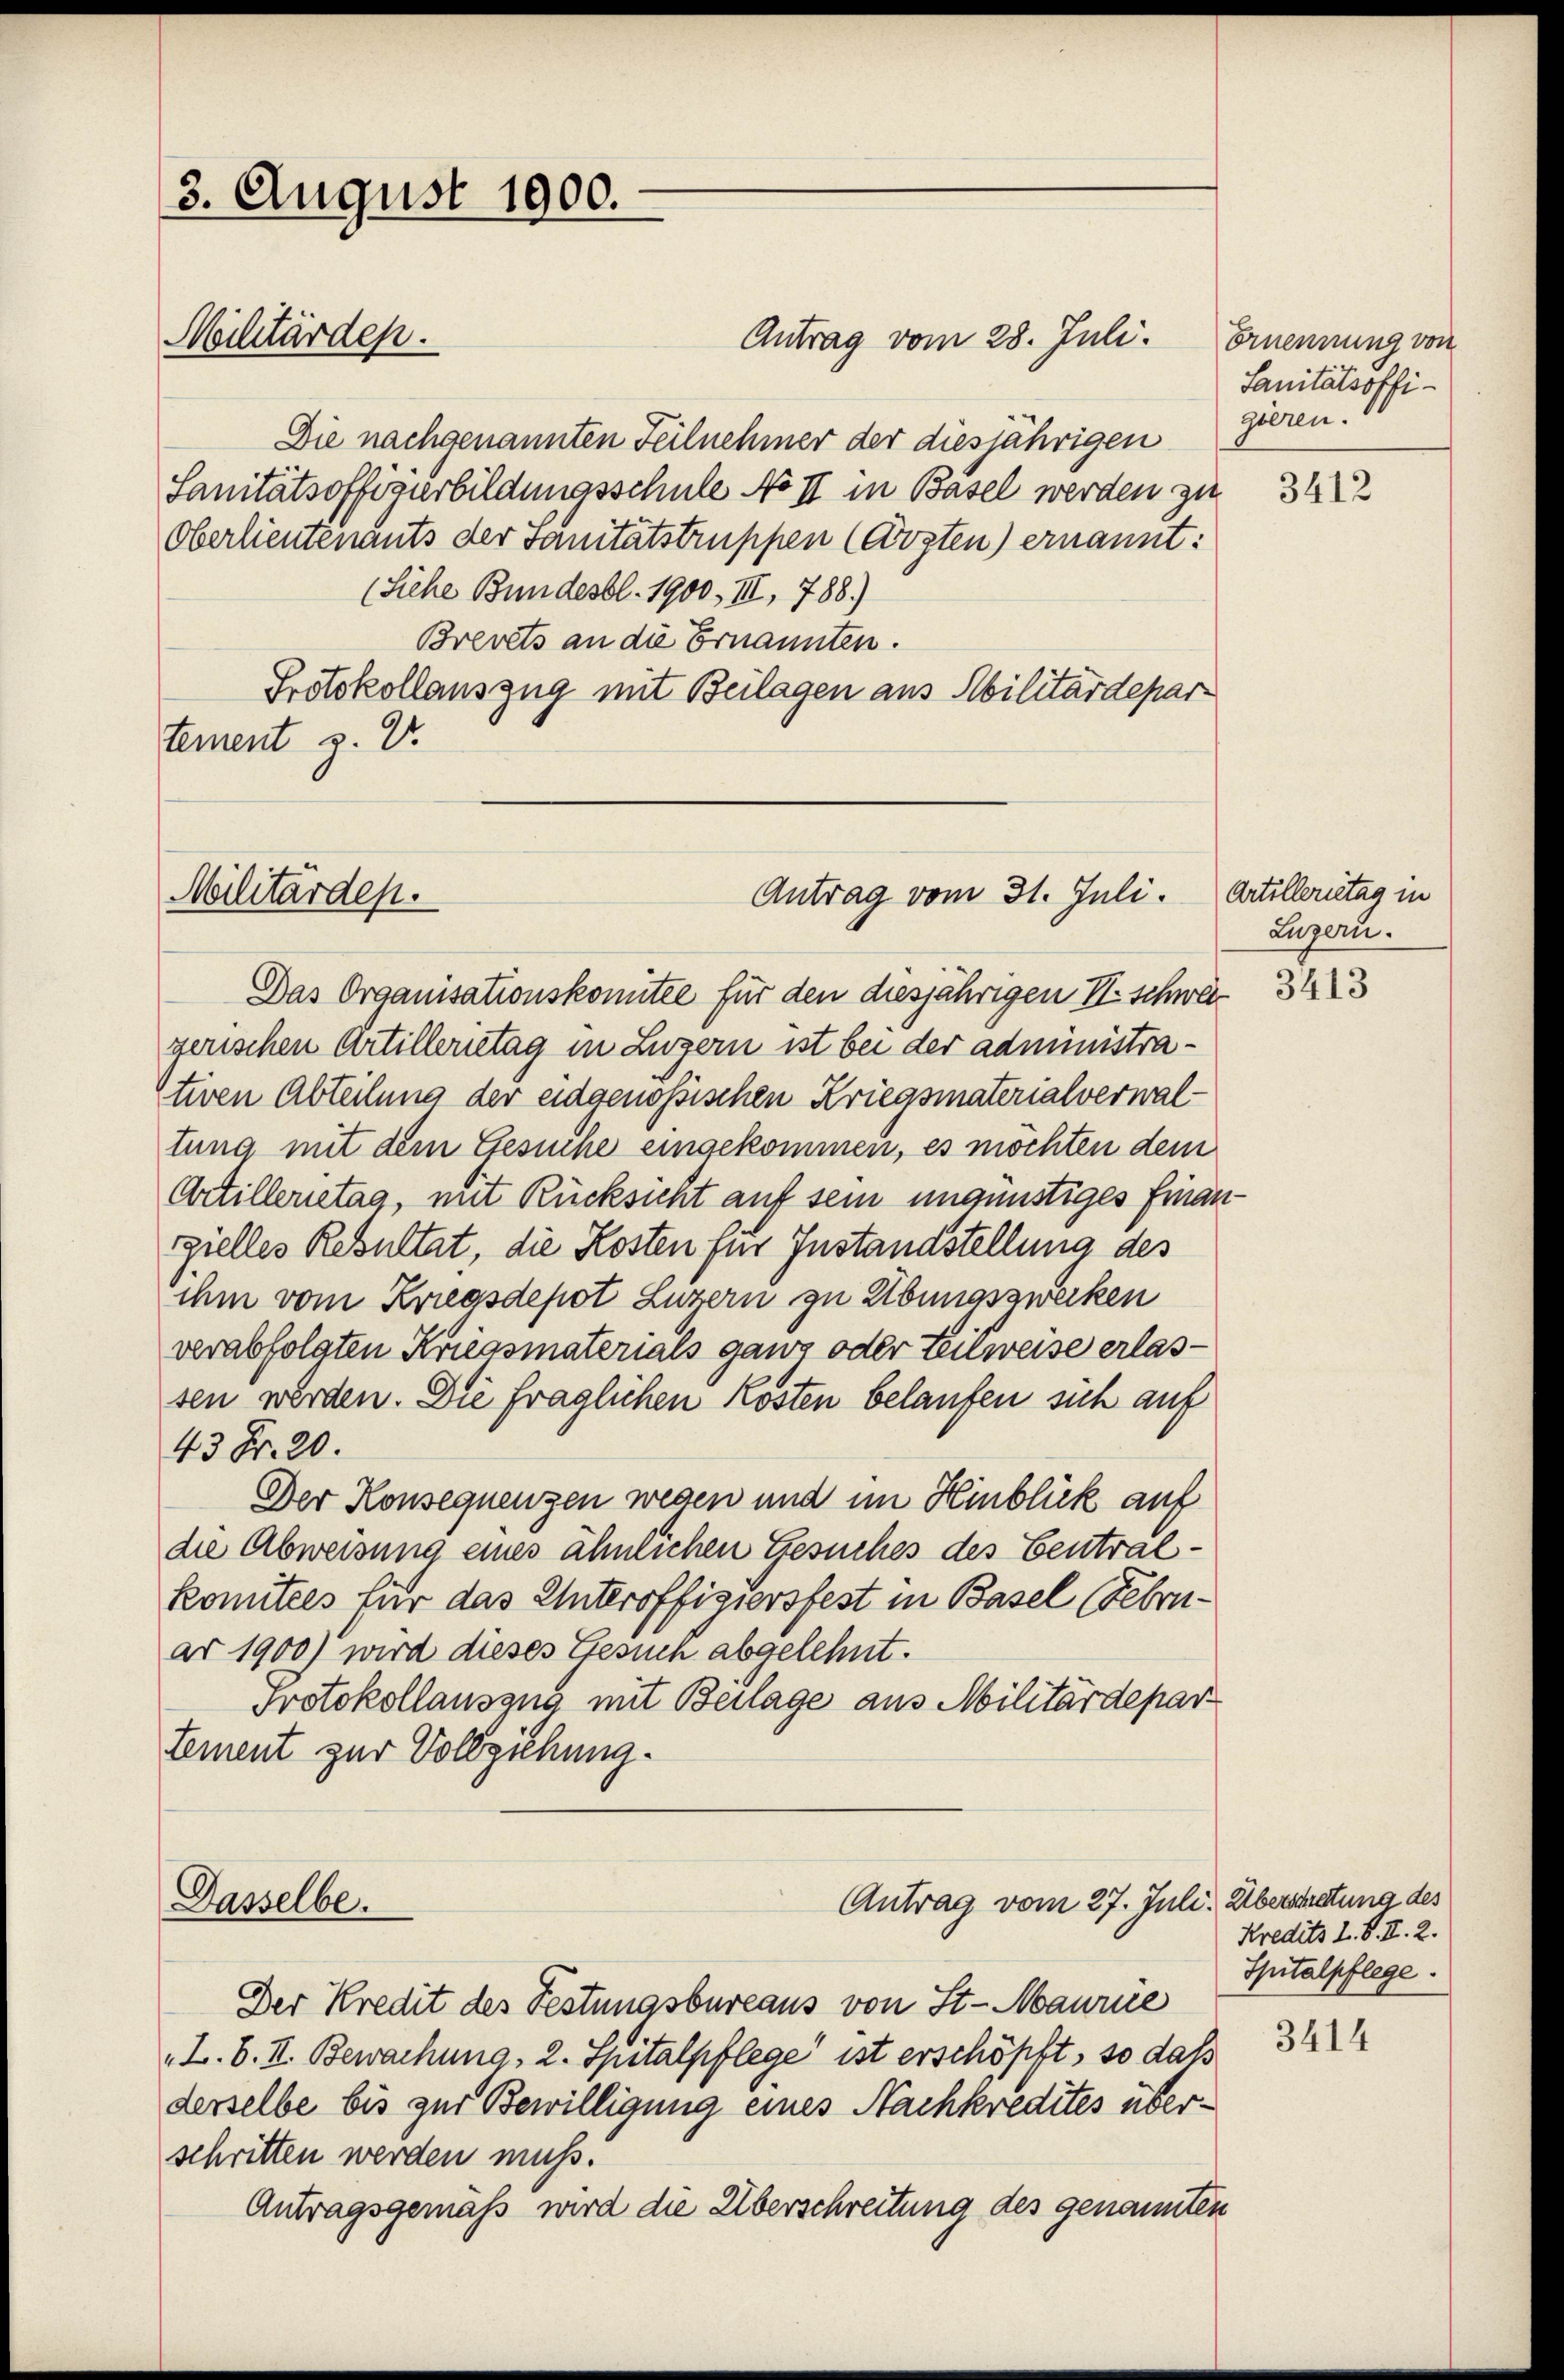
3. August 1900.
Militärden.

Antrag vom 28. Juli.
Die nachgenannten Teilnehmer der diesjährigen
Sanitätsoffigurbildungsschule No II in Basel werden zu
Oberlieutenants der Sanitätstruppen (Costen) ernannt:
(Siehe Bundesbl. 1900, III, 788.)
Brevets an die Ernannten.
Protokollauszug mit Beilagen aus Abilitärdepar
tement z. B.

Militärdep

Das Organisationskomitte für den diesjährigen II. Schwergerischen Artillerietag in Luzern ist bei der administrativen Abteilung der eidgenössischen Kriegsmaterialverwaltung mit dem Gesinne eingekommen, es möchten dem
Artilleritag, mit Rücksicht auf sein ungünstiges Finanrzielles Resultat, die Kosten für Instandstellung des
ihm vom Kriegsdepot Luzern zu Zibungszwecken
verabfolgten Kriegsmaterials ganz oder Teilweise erlassen werden. Die fraglichen Kosten belaufen sich auf
43 Fr. 20.
Der Konsequenzen wegen und im Hinblick auf
die Abweisung eines ähnlichen Gesuches des Centralkomitees für das Unteroffiziersfest in Basel Februar 1900) wird dieses Gesuch abgelehnt.
Protokollauszug mit Beilage aus Militärdepar
tement zur Vollziehung.
Antrag vom 27. Juli. Überstretung des
Dasselbe.
Der Kredit des Festungsbureaus von St. Maurie
L.B. II. Bewachung, 2. Spitalpflege ist erschöpft, so daß
derselbe bis zur Bewilligung eines Nachkredites überschritten werden muss.
Antragsgemäß wird die Überschreitung des genannten

Antrag vom 31. Juli.

Ernennung von
Sanitätsoffi-
gelzen.

3412

Artillerietag in
Luzern.

3413

Kredits L. S. II. 2.
Spitalpflege.

3414